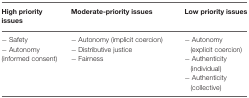
| High priority issues | Moderate-priority issues | Low priority issues |
 | --- | --- | --- |
 | − Safety − Autonomy (informed consent) | − Autonomy (implicit coercion) − Distributive justice − Fairness | − Autonomy (explicit coercion) − Authenticity (individual) − Authenticity (collective) |